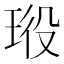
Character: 𤥞